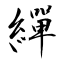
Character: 繟